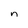
Character: n